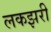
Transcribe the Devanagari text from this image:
लकझरी